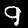
Label: 9